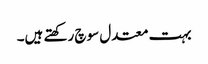
بہت معتدل سوچ رکھتے ہیں۔